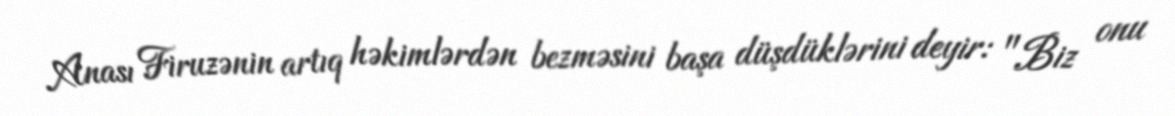
Anası Firuzənin artıq həkimlərdən bezməsini başa düşdüklərini deyir: "Biz onu